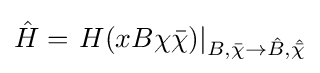
{\hat {H}}=\left.H(xB\chi {\bar {\chi }})\right|_{B,{\bar {\chi }}\to {\hat {B}},{\hat {\bar {\chi }}}}